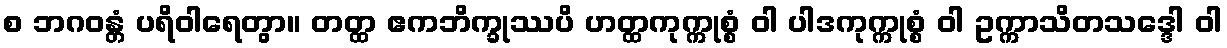
စ ဘဂဝန္တံ ပရိဝါရေတွာ။ တတ္ထ ဧကဘိက္ခုဿပိ ဟတ္ထကုက္ကုစ္စံ ဝါ ပါဒကုက္ကုစ္စံ ဝါ ဥက္ကာသိတသဒ္ဒေါ ဝါ